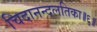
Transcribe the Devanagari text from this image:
चिदानन्दलतिका॥६॥